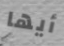
أيها